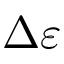
\Delta \varepsilon